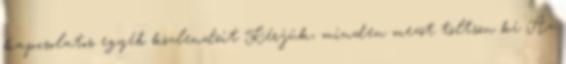
kapcsolatos egyéb közlendõit Kérjük, minden mezõt töltsön ki Az